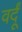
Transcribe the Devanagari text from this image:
वर्दूं